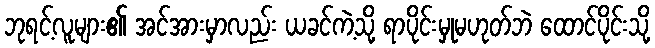
ဘုရင့်လူများ၏ အင်အားမှာလည်း ယခင်ကဲ့သို့ ရာပိုင်းမှုမဟုတ်ဘဲ ထောင်ပိုင်းသို့